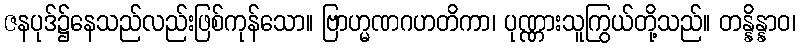
ဇနပုဒ်၌နေသည်လည်းဖြစ်ကုန်သော။ ဗြာဟ္မဏဂဟတိကာ၊ ပုဏ္ဏားသူကြွယ်တို့သည်။ တန္နိန္နာဝ၊